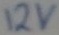
Text: 12v